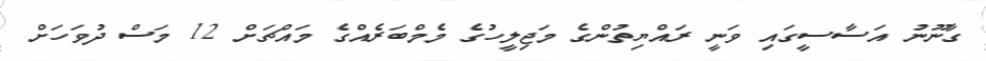
ގާނޫނު އަސާސީގައި ވަނީ ރައްޔިތުންގެ މަޖިލީހުގެ މެމްބަރެއްގެ މައްޗަށް 12 މަސް ދުވަހަށް